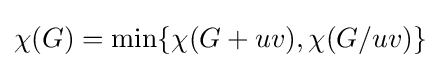
\chi (G)={\text{min}}\{\chi (G+uv),\chi (G/uv)\}